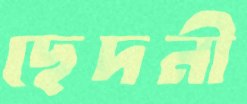
ছেদনী